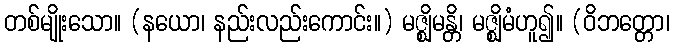
တစ်မျိုးသော။ (နယော၊ နည်းလည်းကောင်း။) မဇ္ဈိမန္တိ၊ မဇ္ဈိမံဟူ၍။ (ဝိဘတ္တော၊